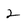
Character: 2